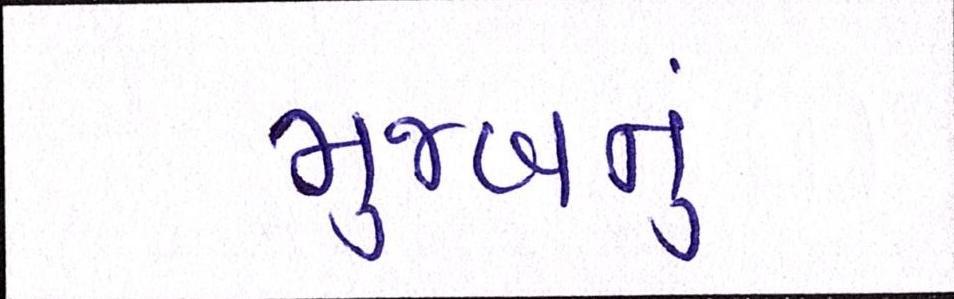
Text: મુજબનું